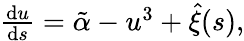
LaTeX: \begin{array}{r}{\frac{\mathrm{d}u}{\mathrm{d}s}=\tilde{\alpha}-u^{3}+\hat{\xi}(s),}\end{array}